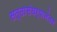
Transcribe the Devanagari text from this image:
सत्तासंघर्षानंतर